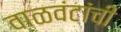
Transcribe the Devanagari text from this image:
वाळवंटांची